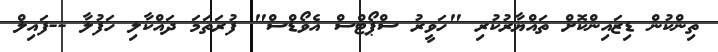
ތިންކުން ޑިޒައިންކޮށް ތައްޔާރުކުރި "ހަވީރު ސްޕޯޓްސް އެވޯޑްސް" ފުރަތަމަ ދައްކާލި ހަފުލާ --ފައިލް